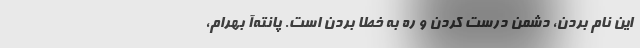
این نام بردن، دشمن درست کردن و ره به خطا بردن است. پانته‌آ بهرام،